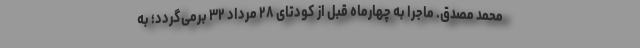
محمد مصدق. ماجرا به چهارماه قبل از کودتای ۲۸ مرداد ۳۲ برمی‌گردد؛ به